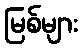
မြစ်များ